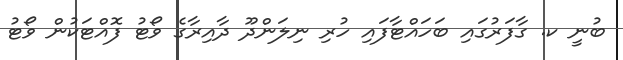
ބުނީ ކ. ގާފަރުގައި ބަހައްޓާފައި ހުރި ނިލަންދޫ ދާއިރާގެ ވޯޓު ފޮއްޓަކުން ވޯޓު